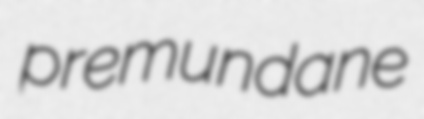
premundane